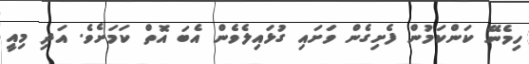
ހިމެނޭ ކަންކަމުން ފެށިގެން ވަށައި ގުޅައިލެވެން އެބަ އޮތް ކަމަށެވެ. އަދި މިއީ